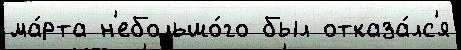
ма́рта н'ебольшо́го был отказа́лс'я